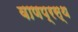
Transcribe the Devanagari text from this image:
वाणप्रस्थ